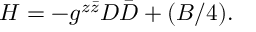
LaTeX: H = - g ^ { z \bar { z } } D \bar { D } + ( B / 4 ) .